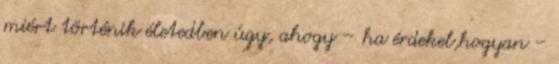
miért történik életedben úgy, ahogy – ha érdekel,hogyan –